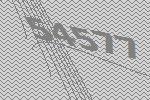
54577